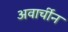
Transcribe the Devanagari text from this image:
अवार्चीन